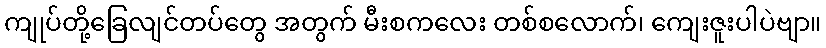
ကျုပ်တို့ခြေလျင်တပ်တွေ အတွက် မီးစကလေး တစ်စလောက်၊ ကျေးဇူးပါပဲဗျာ။